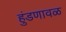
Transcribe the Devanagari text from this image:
हुंडणावळ